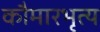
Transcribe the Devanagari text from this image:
कौमारभृत्‍य